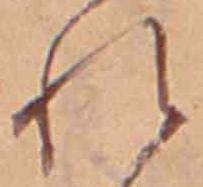
れ